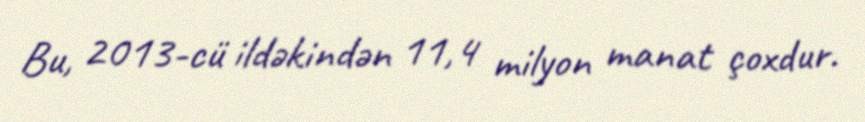
Bu, 2013-cü ildəkindən 11,4 milyon manat çoxdur.